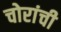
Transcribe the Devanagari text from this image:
चोरांची